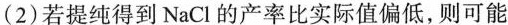
(2)若提纯得到NaCl的产率比实际值偏低，则可能